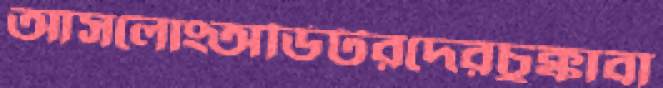
আসলোংঅডিটরদেরচুক্কাবা